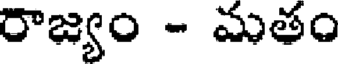
రాజ్యం - మతం